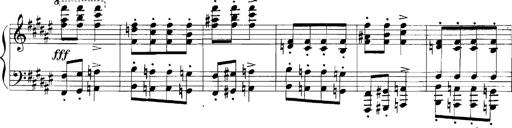
Title: Rhapsodies hongroises
Composer: Franz Liszt